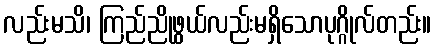
လည်းမသိ၊ ကြည်ညိုဖွယ်လည်းမရှိသောပုဂ္ဂိုလ်တည်း။